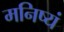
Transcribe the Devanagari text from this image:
मनिष्यं